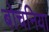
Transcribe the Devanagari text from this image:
बोचनिया